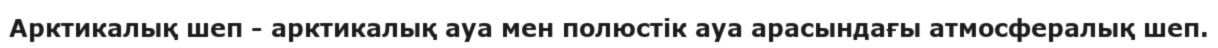
Арктикалық шеп - арктикалық ауа мен полюстік ауа арасындағы атмосфералық шеп.